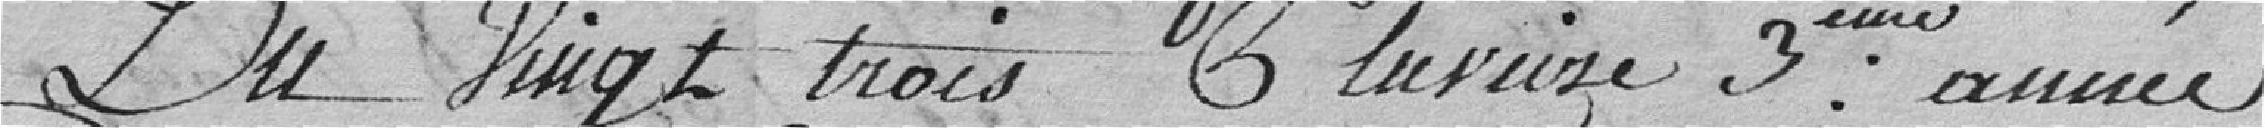
du vingt trois Pluviôse 3eme année